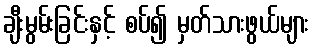
ချီးမွမ်းခြင်းနှင့် စပ်၍ မှတ်သားဖွယ်များ